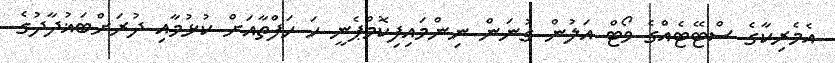
އެމެރިކާގެ ސްޓޭޓެއްގެ ވޯޓް އަލުން ގުނަން ނިންމައިފިކޮމްޕެނީ ހަ ހަފްތާއަށް ކުޅުމާއި ދުރަށްބަޣުދާދުގެ